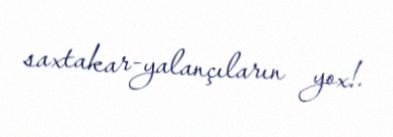
saxtakar-yalançıların yox!.